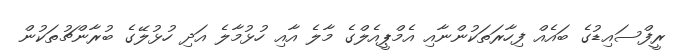
ރީފްސައިޑުގެ ބައެއް ފިހާރަތަކުންނާއި އެމްޕީއެލްގެ މާލެ އާއި ހުޅުމާލެ އަދި ހުޅުލޭގެ ބުރާންޗުތަކުން